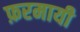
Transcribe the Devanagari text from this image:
फ़रमायी